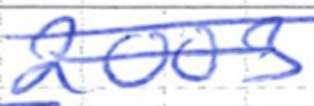
Text: 2003
Cross-out: double-line
Writing tool: ballpoint